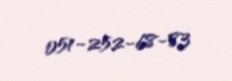
051-252-68-83